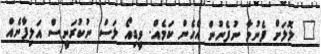
" ލޮލަށް ފެނުމާ ނުފެނުން އެހެން ކަމެއް. ވީޑިއޯ ލަސް ނުކުރަނީސް އަލިފާނެއް